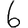
Digit: 6